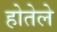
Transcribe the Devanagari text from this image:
होतेले